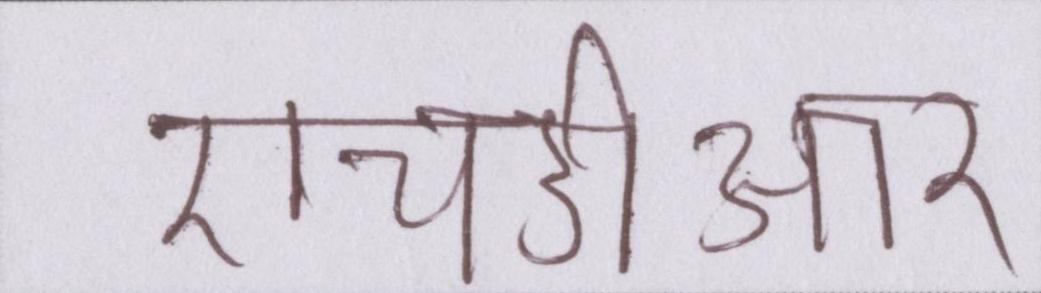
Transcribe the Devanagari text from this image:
एचडीआर